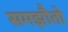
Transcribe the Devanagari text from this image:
समझौतो